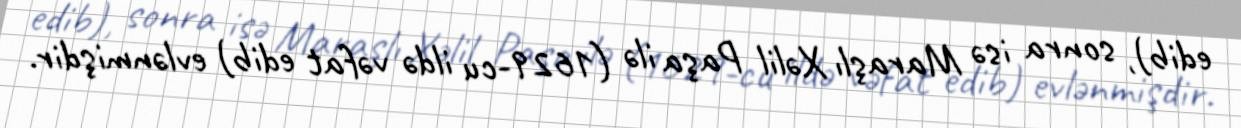
edib), sonra isə Maraşlı Xəlil Paşa ilə (1629-cu ildə vəfat edib) evlənmişdir.